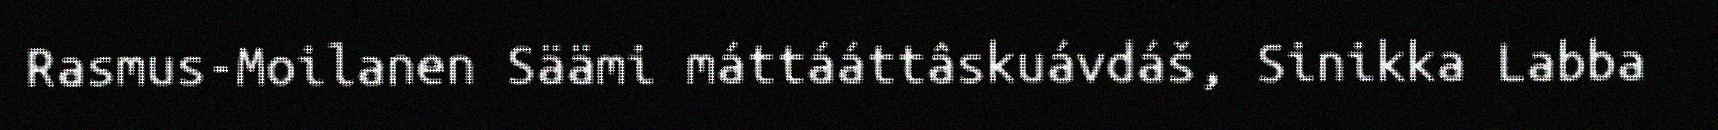
Rasmus-Moilanen Säämi máttááttâskuávdáš, Sinikka Labba